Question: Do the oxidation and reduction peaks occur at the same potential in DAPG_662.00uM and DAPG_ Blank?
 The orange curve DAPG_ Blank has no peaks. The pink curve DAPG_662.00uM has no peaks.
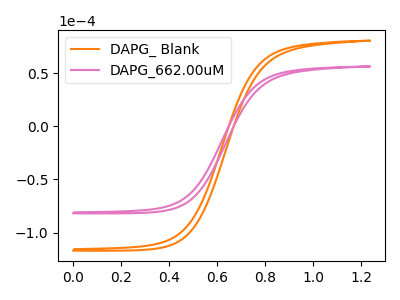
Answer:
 <answer>Niether CV has any peaks.</answer>
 <eval>blanks</eval>